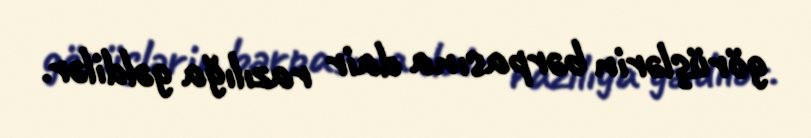
görüşlərin bərpasına dair razılığa gəldilər.